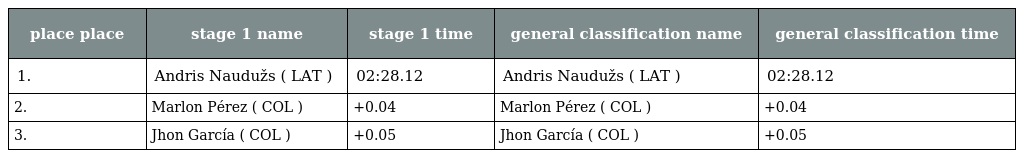
| place place | stage 1 name | stage 1 time | general classification name | general classification time |
 | --- | --- | --- | --- | --- |
 | 1. | Andris Naudužs ( LAT ) | 02:28.12 | Andris Naudužs ( LAT ) | 02:28.12 |
 | 2. | Marlon Pérez ( COL ) | +0.04 | Marlon Pérez ( COL ) | +0.04 |
 | 3. | Jhon García ( COL ) | +0.05 | Jhon García ( COL ) | +0.05 |